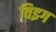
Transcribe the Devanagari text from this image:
विइग